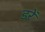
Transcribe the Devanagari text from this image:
डरें